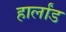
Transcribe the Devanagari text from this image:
हार्लांड